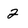
Character: 2